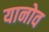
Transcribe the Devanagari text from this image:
यानोव